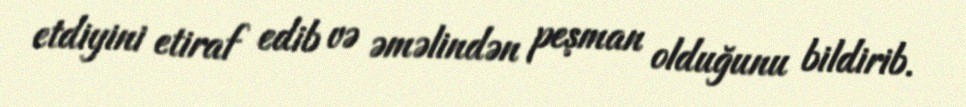
etdiyini etiraf edib və əməlindən peşman olduğunu bildirib.